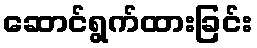
ဆောင်ရွက်ထားခြင်း